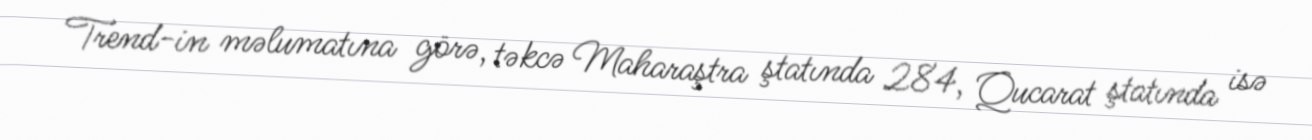
Trend-in məlumatına görə, təkcə Maharaştra ştatında 284, Qucarat ştatında isə